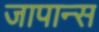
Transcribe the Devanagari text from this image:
जापान्स